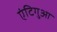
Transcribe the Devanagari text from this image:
एंटिगुआ